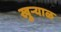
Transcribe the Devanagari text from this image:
खुऱ्‍याळ